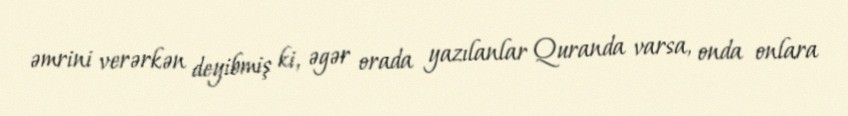
əmrini verərkən deyibmiş ki, əgər orada yazılanlar Quranda varsa, onda onlara